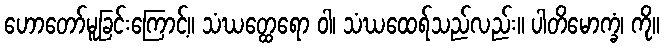
ဟောတော်မူခြင်းကြောင့်။ သံဃတ္ထေရော ဝါ၊ သံဃထေရ်သည်လည်း။ ပါတိမောက္ခံ၊ ကို။